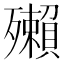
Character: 𰚂